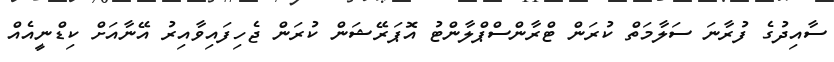
ސާއިދުގެ ފުރާނަ ސަލާމަތް ކުރަން ޓްރާންސްޕްލާންޓު އޮޕަރޭޝަން ކުރަން ޖެހިފައިވާއިރު އޭނާއަށް ކިޑްނީއެއް